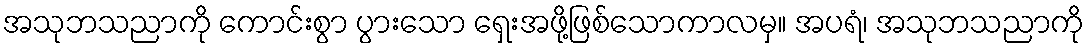
အသုဘသညာကို ကောင်းစွာ ပွားသော ရှေးအဖို့ဖြစ်သောကာလမှ။ အပရံ၊ အသုဘသညာကို